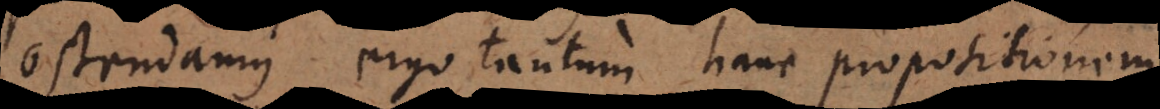
ostendamus ergo tantum hanc propositionem